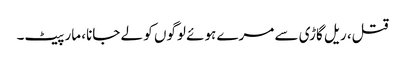
قتل، ریل گاڑی سے مرے ہوئے لوگوں کو لے جانا، مار پیٹ۔